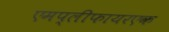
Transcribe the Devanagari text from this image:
एमप्लीफायरएक